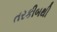
તરકીબથી